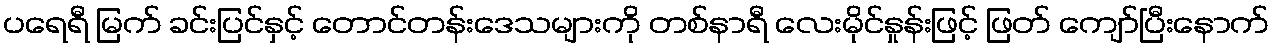
ပရေရီ မြက် ခင်းပြင်နှင့် တောင်တန်းဒေသများကို တစ်နာရီ လေးမိုင်နှုန်းဖြင့် ဖြတ် ကျော်ပြီးနောက်